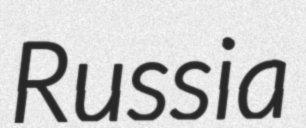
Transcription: Russia